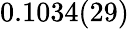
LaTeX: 0.1034(29)